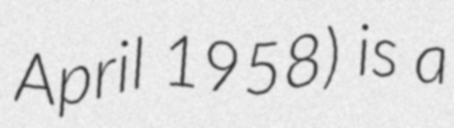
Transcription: April 1958) is a